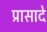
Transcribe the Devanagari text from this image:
प्रासादे